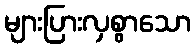
များပြားလှစွာသော